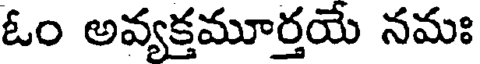
ఓం అవ్యక్తమూర్తయే నమః